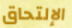
الإلتحاق